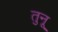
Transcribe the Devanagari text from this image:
तुनू